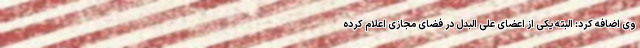
وی اضافه کرد: البته یکی از اعضای علی البدل در فضای مجازی اعلام کرده